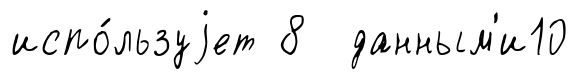
испо́льзуjет 8 данным'и10